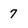
Character: 7